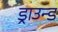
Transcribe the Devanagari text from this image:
ड्राउन्ड